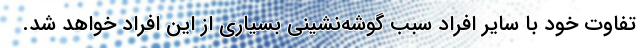
تفاوت خود با سایر افراد سبب گوشه‌نشینی بسیاری از این افراد خواهد شد.